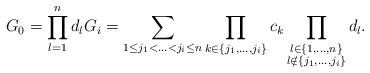
LaTeX: \begin{align*} G_0=\prod_{l=1}^n d_lG_i=\sum_{1\leq j_1<\ldots<j_i\leq n}\prod_{k\in\left\{j_1,\ldots,j_i\right\}}c_k\prod_{\substack{l\in\left\{1,\ldots,n\right\}\\l\notin\left\{j_1,\ldots,j_i\right\}}}d_l. \end{align*}